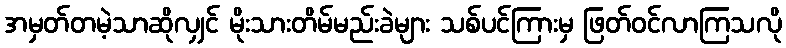
အမှတ်တမဲ့သာဆိုလျှင် မိုးသားတိမ်မည်းခဲများ သစ်ပင်ကြားမှ ဖြတ်ဝင်လာကြသလို